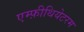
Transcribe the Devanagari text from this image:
एम्फ़ीथियेटरम